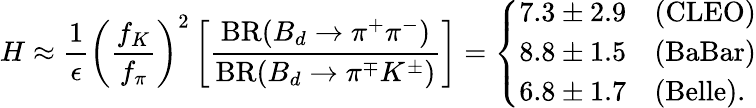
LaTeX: H\approx\frac{1}{\epsilon}\left(\frac{f_{K}}{f_{\pi}}\right)^{2}\left[\frac{\mathrm{BR}(B_{d}\to\pi^{+}\pi^{-})}{\mathrm{BR}(B_{d}\to\pi^{\mp}K^{\pm})}\right]=\left\{ \begin{array}{ll}{{7.3\pm 2.9}}&{{\mathrm{(CLEO)}}}\\ {{8.8\pm 1.5}}&{{\mathrm{(BaBar)}}}\\ {{6.8\pm 1.7}}&{{\mathrm{(Belle).}}}\end{array}\right.